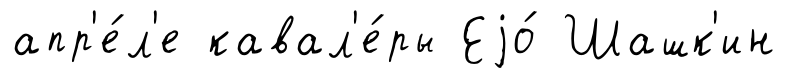
апр'е́л'е кавал'е́ры Еjо́ Шашк'ин